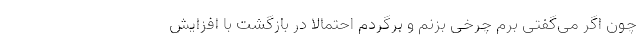
چون اگر می‌گفتی برم چرخی بزنم و برگردم احتمالا در بازگشت با افزایش